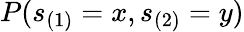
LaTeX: P(s_{(1)}=x,s_{(2)}=y)